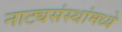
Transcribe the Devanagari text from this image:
नाट्यसंस्थांमध्ये